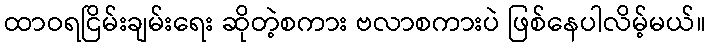
ထာဝရငြိမ်းချမ်းရေး ဆိုတဲ့စကား ဗလာစကားပဲ ဖြစ်နေပါလိမ့်မယ်။